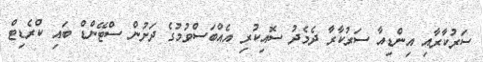
ސަރުކާރާއި އިންޑިއާ ސަރުކާރާ ދެމެދު ސޮއިކުރި އެއްބަސްވުމުގެ ދަށުން ސްޓޭންޑް ބައި ކްރެޑިޓް